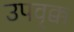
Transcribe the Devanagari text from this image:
उपवृक्क